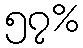
၅၇%